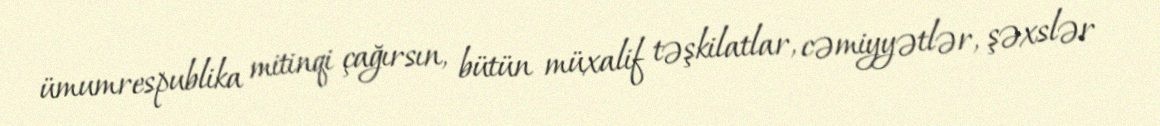
ümumrespublika mitinqi çağırsın, bütün müxalif təşkilatlar, cəmiyyətlər, şəxslər